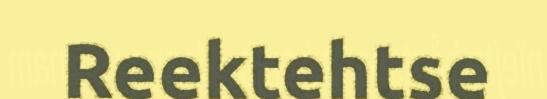
Reektehtse